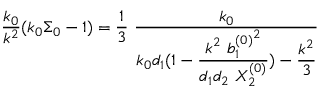
{ \frac { k _ { 0 } } { k ^ { 2 } } } ( k _ { 0 } \Sigma _ { 0 } - 1 ) = { \frac { 1 } { 3 } } \ { \displaystyle { \frac { k _ { 0 } } { k _ { 0 } d _ { 1 } ( 1 - { \displaystyle { \frac { k ^ { 2 } \ { b _ { 1 } ^ { ( 0 ) } } ^ { 2 } } { d _ { 1 } d _ { 2 } \ X _ { 2 } ^ { ( 0 ) } } } ) - { \frac { k ^ { 2 } } { 3 } } } } } }